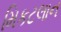
મિકટલાન